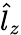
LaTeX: \hat{l}_{z}